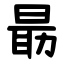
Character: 朂